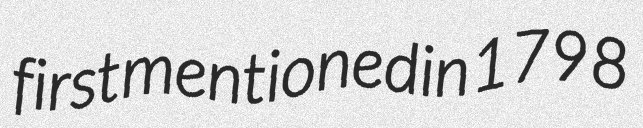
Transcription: first mentioned in 1798